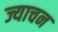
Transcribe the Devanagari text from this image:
ज्याचन